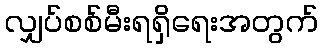
လျှပ်စစ်မီးရရှိရေးအတွက်